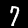
Label: 7